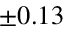
\pm 0 . 1 3